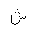
Letter: _shin